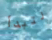
لتبدأ